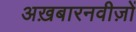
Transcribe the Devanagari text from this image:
अख़बारनवीज़ों